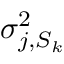
\sigma _ { j , S _ { k } } ^ { 2 }